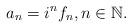
LaTeX: \begin{align*}a_n = i^n f_n, n \in \mathbb{N}.\end{align*}